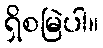
ရှိစမြဲပါ။